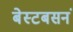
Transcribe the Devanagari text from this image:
बेस्टबसनं